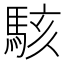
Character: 駭